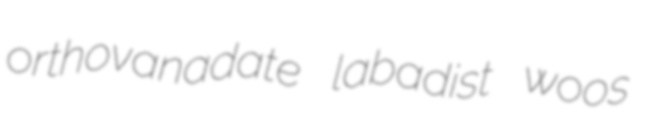
orthovanadate labadist woos